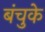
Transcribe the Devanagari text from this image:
बंचुके